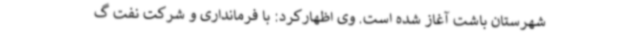
شهرستان باشت آغاز شده است. وی اظهارکرد: با فرمانداری و شرکت نفت گ